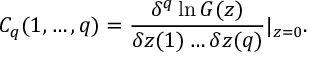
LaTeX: C _ { q } ( 1 , \ldots , q ) = { \frac { \delta ^ { q } \ln G ( z ) } { \delta z ( 1 ) \ldots \delta z ( q ) } } | _ { z = 0 } .